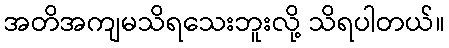
အတိအကျမသိရသေးဘူးလို့ သိရပါတယ်။